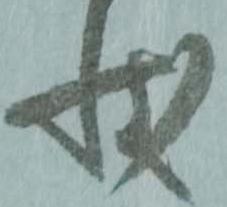
状